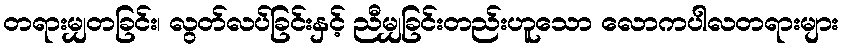
တရားမျှတခြင်း၊ လွတ်လပ်ခြင်းနှင့် ညီမျှခြင်းတည်းဟူသော လောကပါလတရားများ